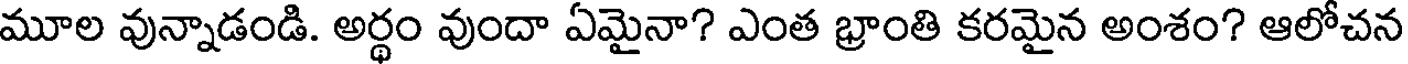
మూల వున్నాడండి. అర్థం వుందా ఏమైనా? ఎంత భ్రాంతి కరమైన అంశం? ఆలోచన